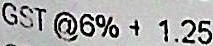
GST @6% + 1.25